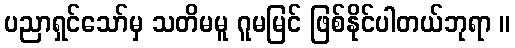
ပညာရှင်သော်မှ သတိမမူ ဂူမမြင် ဖြစ်နိုင်ပါတယ်ဘုရာ ။